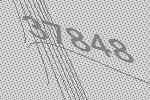
37848